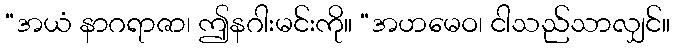
“အယံ နာဂရာဇာ၊ ဤနဂါးမင်းကို။ “အဟမေဝ၊ ငါသည်သာလျှင်။